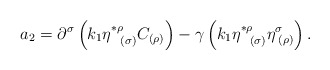
\begin{align*}a_{2}=\partial ^{\sigma }\left( k_{1}\eta _{\;\;\;(\sigma )}^{*\rho}C_{(\rho )}\right) -\gamma \left( k_{1}\eta _{\;\;\;(\sigma )}^{*\rho }\eta_{\;(\rho )}^{\sigma }\right) . \end{align*}